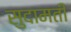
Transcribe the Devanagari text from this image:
सुदामती